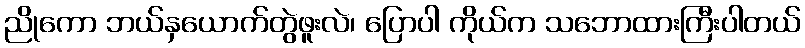
ညိုကော ဘယ်နှယောက်တွဲဖူးလဲ၊ ပြောပါ ကိုယ်က သဘောထားကြီးပါတယ်